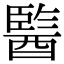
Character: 𨢒